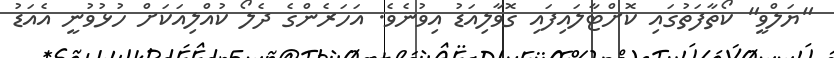
"ޔަލްވީ" ކޯތާފަތުގައި ކޮށްޓާލައިފައި ގޮވާލިއަޑު އިވުނެވެ. އަހަރެންގެ ދެލޯ ކުއްލިއަކަށް ހުޅުވުނީ އެއަޑު